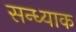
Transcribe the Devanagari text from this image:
सन्ध्याक